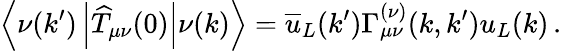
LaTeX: \left<\nu(k^{\prime})\left|\widehat T_{\mu\nu}(0)\right|\nu(k)\right>=\overline{{u}}_{L}(k^{\prime})\Gamma_{\mu\nu}^{(\nu)}(k,k^{\prime})u_{L}(k)\, .